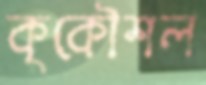
কৃকৌশল